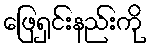
ဖြေရှင်းနည်းကို